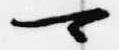
可